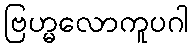
ဗြဟ္မလောကူပဂါ